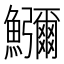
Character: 𮬚